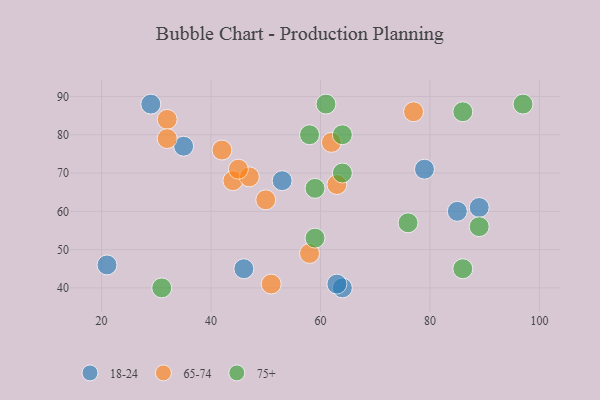
{"axis": {"x": "GDP", "y": "Life Expectancy"}, "legend": ["18-24", "65-74", "75+"], "data": [{"x": "64", "y": 40, "type": "18-24"}, {"x": "35", "y": 77, "type": "18-24"}, {"x": "89", "y": 61, "type": "18-24"}, {"x": "79", "y": 71, "type": "18-24"}, {"x": "85", "y": 60, "type": "18-24"}, {"x": "29", "y": 88, "type": "18-24"}, {"x": "63", "y": 41, "type": "18-24"}, {"x": "21", "y": 46, "type": "18-24"}, {"x": "46", "y": 45, "type": "18-24"}, {"x": "53", "y": 68, "type": "18-24"}, {"x": "77", "y": 86, "type": "65-74"}, {"x": "44", "y": 68, "type": "65-74"}, {"x": "42", "y": 76, "type": "65-74"}, {"x": "32", "y": 84, "type": "65-74"}, {"x": "32", "y": 79, "type": "65-74"}, {"x": "51", "y": 41, "type": "65-74"}, {"x": "62", "y": 78, "type": "65-74"}, {"x": "58", "y": 49, "type": "65-74"}, {"x": "47", "y": 69, "type": "65-74"}, {"x": "45", "y": 71, "type": "65-74"}, {"x": "63", "y": 67, "type": "65-74"}, {"x": "50", "y": 63, "type": "65-74"}, {"x": "86", "y": 45, "type": "75+"}, {"x": "64", "y": 70, "type": "75+"}, {"x": "61", "y": 88, "type": "75+"}, {"x": "97", "y": 88, "type": "75+"}, {"x": "31", "y": 40, "type": "75+"}, {"x": "58", "y": 80, "type": "75+"}, {"x": "59", "y": 53, "type": "75+"}, {"x": "86", "y": 86, "type": "75+"}, {"x": "76", "y": 57, "type": "75+"}, {"x": "59", "y": 66, "type": "75+"}, {"x": "89", "y": 56, "type": "75+"}, {"x": "64", "y": 80, "type": "75+"}]}